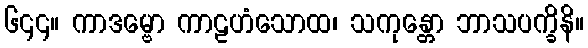
၆၄၄။ ကာဒမ္ဗော ကာဠဟံသောထ၊ သကုန္တော ဘာသပက္ခိနိ။